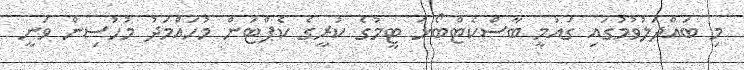
މި ބައްދަލުވުމުގައި ގައުމީ ބާސްކެޓްބޯޅަ ޓީމުގެ ކުރީގެ ކެޕްޓަން މުހައްމަދު މުހުސިން ވަނީ